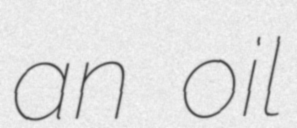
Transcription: an oil